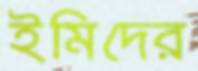
ইমিদের